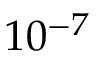
1 0 ^ { - 7 }